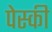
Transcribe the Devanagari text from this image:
पेस्की